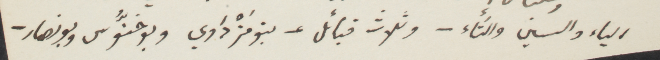
الياء والسين والتاء - وثلاث قبائل- بنومَزْداوي وبوخنّوس وبو نصار -